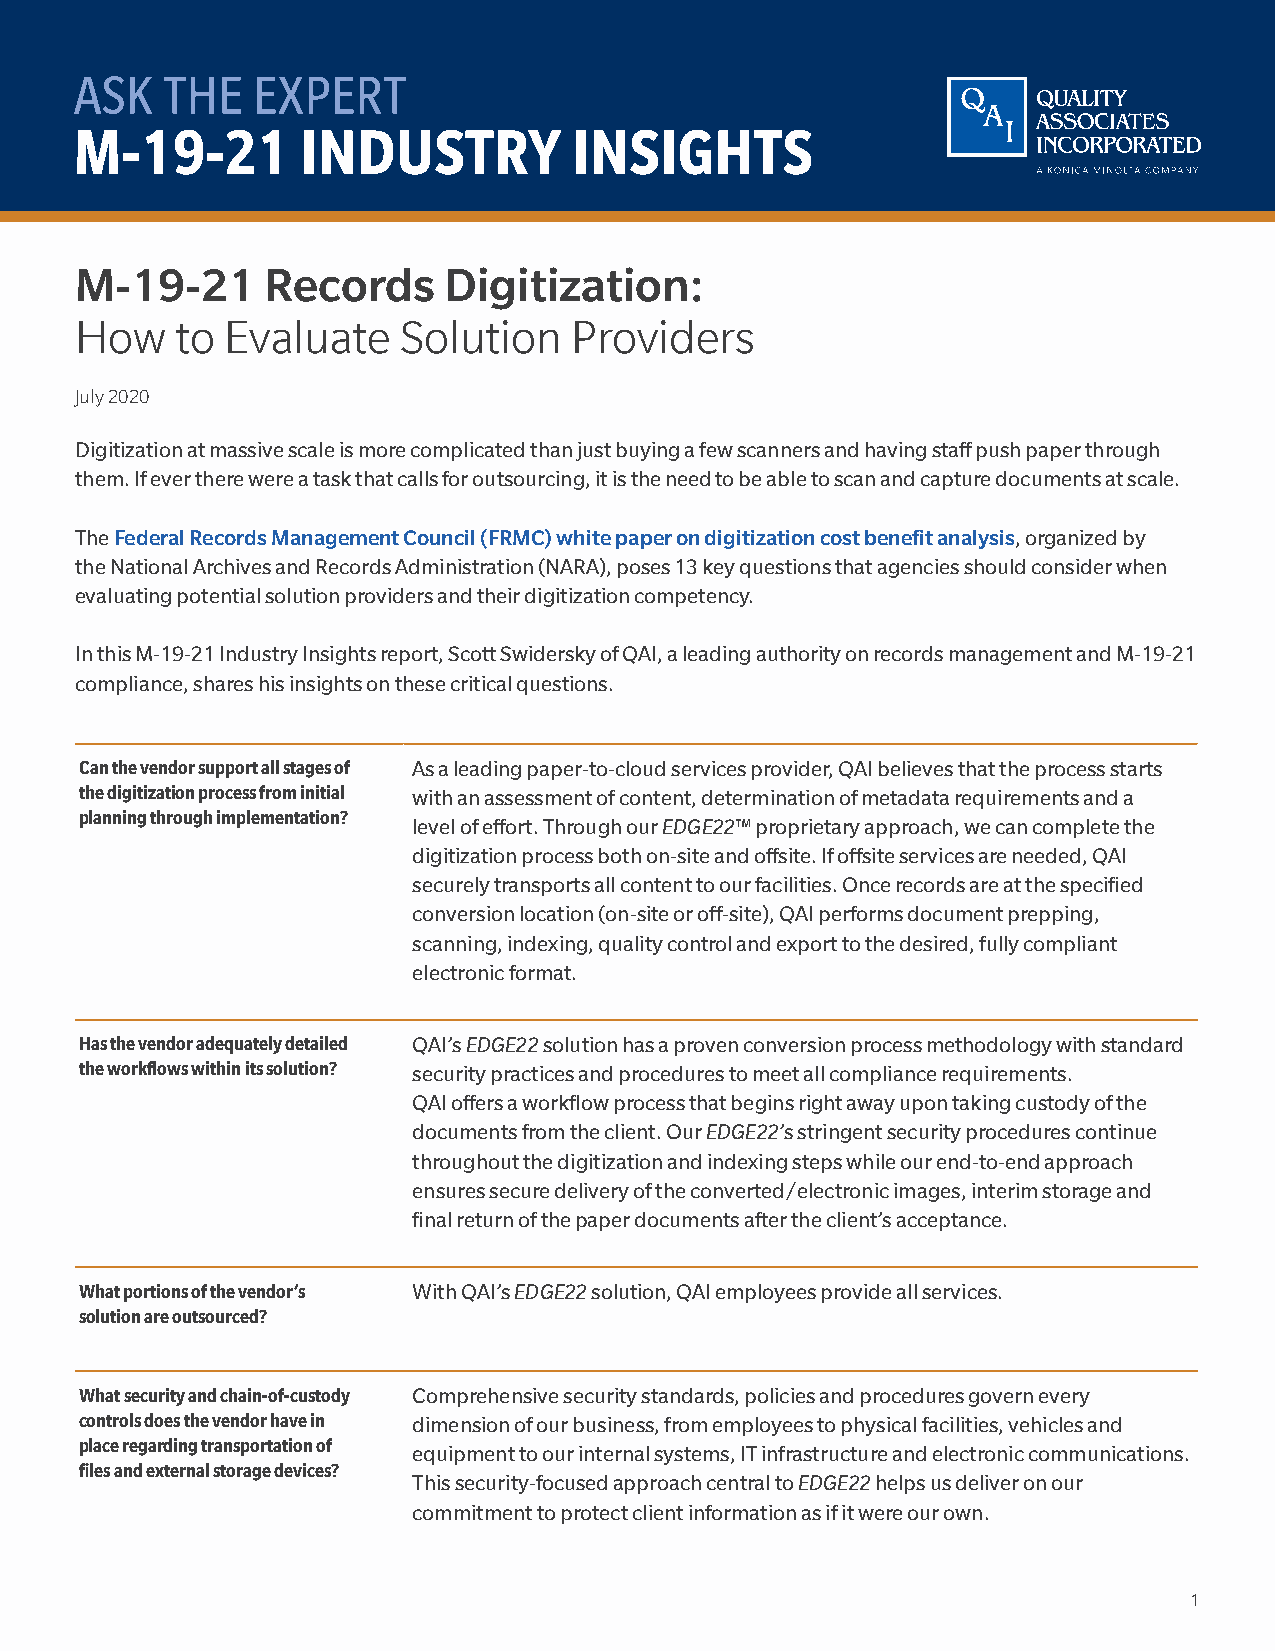
ASK   THE   EXPERT
 M-19-21        INDUSTRY          INSIGHTS
 M-19-21      Records    Digitization:
 How    to Evaluate   Solution    Providers
 July 2020
 Digitization at massive scale is more complicated than just buying a few scanners and having staff push paper through
 them. If ever there were a task that calls for outsourcing, it is the need to be able to scan and capture documents at scale.
 The Federal Records Management Council (FRMC) white paper on digitization cost benefit analysis, organized by
 the National Archives and Records Administration (NARA), poses 13 key questions that agencies should consider when
 evaluating potential solution providers and their digitization competency.
 In this M-19-21 Industry Insights report, Scott Swidersky of QAI, a leading authority on records management and M-19-21
 compliance, shares his insights on these critical questions.
 Can the vendor support all stages of As a leading paper-to-cloud services provider, QAI believes that the process starts
 the digitization process from initial with an assessment of content, determination of metadata requirements and a
 planning through implementation?
 level of effort. Through our EDGE22™ proprietary approach, we can complete the
 digitization process both on-site and offsite. If offsite services are needed, QAI
 securely transports all content to our facilities. Once records are at the specified
 conversion location (on-site or off-site), QAI performs document prepping,
 scanning, indexing, quality control and export to the desired, fully compliant
 electronic format.
 Has the vendor adequately detailed QAI’s EDGE22 solution has a proven conversion process methodology with standard
 the workflows within its solution? security practices and procedures to meet all compliance requirements.
 QAI offers a workflow process that begins right away upon taking custody of the
 documents from the client. Our EDGE22’s stringent security procedures continue
 throughout the digitization and indexing steps while our end-to-end approach
 ensures secure delivery of the converted/electronic images, interim storage and
 final return of the paper documents after the client’s acceptance.
 What portions of the vendor’s With QAI’s EDGE22 solution, QAI employees provide all services.
 solution are outsourced?
 What security and chain-of-custody Comprehensive security standards, policies and procedures govern every
 controls does the vendor have in dimension of our business, from employees to physical facilities, vehicles and
 place regarding transportation of
 equipment to our internal systems, IT infrastructure and electronic communications.
 files and external storage devices?
 This security-focused approach central to EDGE22 helps us deliver on our
 commitment to protect client information as if it were our own.
 ASK THE EXPERT M-19-21 INDUSTRY INSIGHTS • M-19-21 Records Digitization: How to Evaluate Solution Providers • July 2020 1